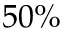
5 0 \%